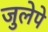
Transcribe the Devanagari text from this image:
जुलेपे